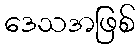
ဒေသအဖြစ်